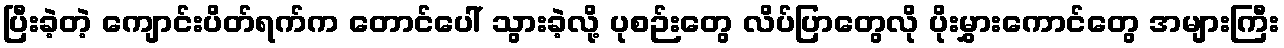
ပြီးခဲ့တဲ့ ကျောင်းပိတ်ရက်က တောင်ပေါ် သွားခဲ့လို့ ပုစဉ်းတွေ လိပ်ပြာတွေလို ပိုးမွှားကောင်တွေ အများကြီး